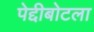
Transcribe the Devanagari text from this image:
पेद्दीबोटला